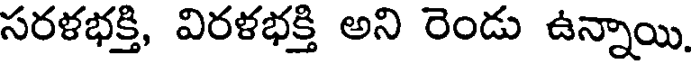
సరళభక్తి, విరళభక్తి అని రెండు ఉన్నాయి.